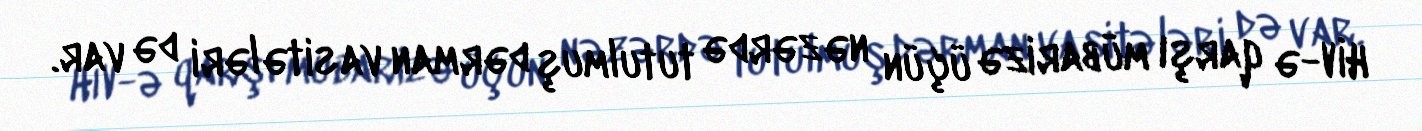
HİV-ə qarşı mübarizə üçün nəzərdə tutulmuş dərman vasitələri də var.